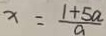
x = \frac { 1 + 5 a } { a }